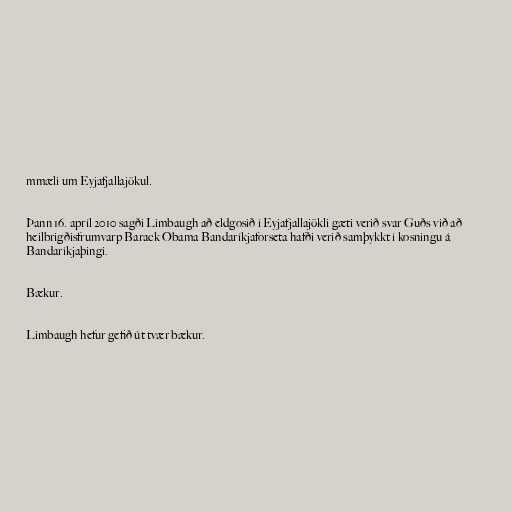
mmæli um Eyjafjallajökul.

Þann 16. apríl 2010 sagði Limbaugh að eldgosið í Eyjafjallajökli gæti verið svar Guðs við að
heilbrigðisfrumvarp Barack Obama Bandaríkjaforseta hafði verið samþykkt í kosningu á
Bandaríkjaþingi.

Bækur.

Limbaugh hefur gefið út tvær bækur.